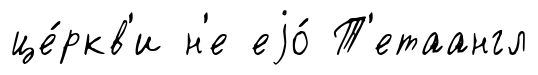
це́ркв'и н'е еjо́ Т'етаангл